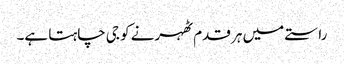
راستے میں ہر قدم ٹھہرنے کو جی چاہتا ہے۔